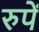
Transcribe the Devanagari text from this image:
रुपें